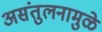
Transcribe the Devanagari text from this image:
असंतुलनामुळे